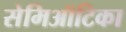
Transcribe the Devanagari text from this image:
सेमिऑटिका